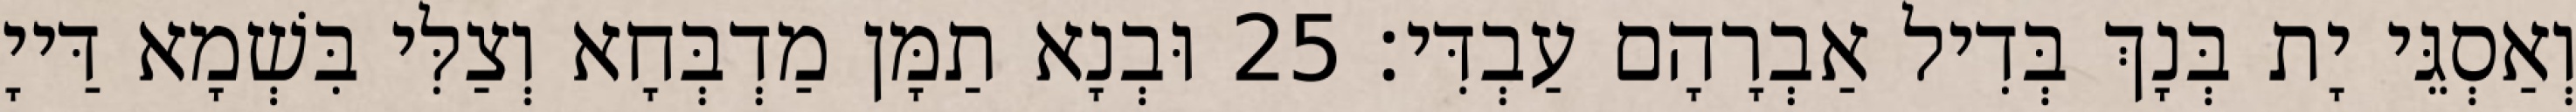
וְאַסְגֵּי יָת בְּנָךְ בְּדִיל אַבְרָהָם עַבְדִּי׃ 25 וּבְנָא תַמָּן מַדְבְּחָא וְצַלִּי בִּשְׁמָא דַּייָ